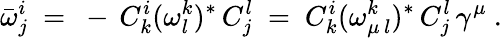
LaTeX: \bar{\omega}_{j}^{i}\ =\ -\, C_{k}^{i}(\omega_{l}^{k})^{*}\, C_{j}^{l}\ =\ C_{k}^{i}(\omega_{\mu\, l}^{k})^{*}\, C_{j}^{l}\, \gamma^{\mu}\ .